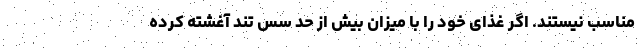
مناسب نیستند. اگر غذای خود را با میزان بیش از حد سس تند آغشته کرده